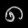
Digit: ၈